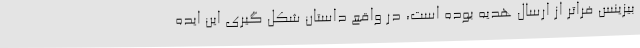
بیزینس فراتر از ارسال هدیه بوده است، در واقع داستان شکل گیری این ایده